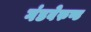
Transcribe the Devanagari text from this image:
गंडबेरुण्ड